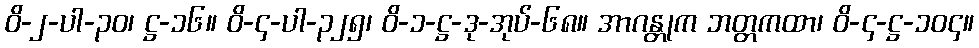
ဝိ-၂-ပါ-၃၀၊ ဋ္ဌ-၁၆။ ဝိ-၄-ပါ-၃၂၅၊ ဝိ-၁-ဋ္ဌ-ဒု-အုပ်-၆၈။ အာဂန္တုက ဘတ္တကထာ၊ ဝိ-၄-ဋ္ဌ-၁၀၄။